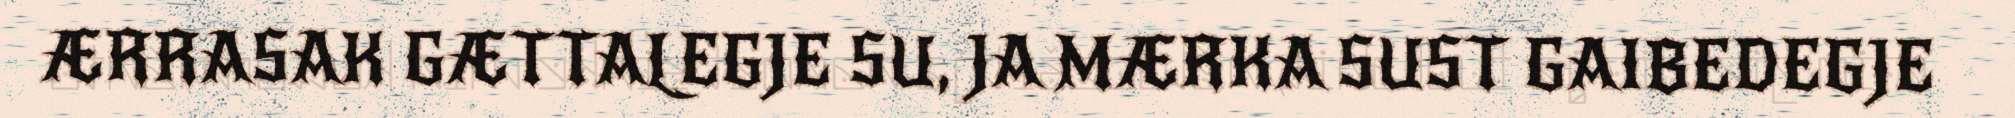
ÆRRASAK GÆTTALEGJE SU, JA MÆRKA SUST GAIBEDEGJE